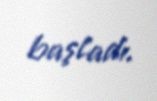
başladı.